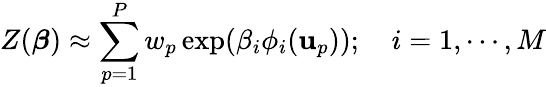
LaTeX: Z(\boldsymbol{\beta})\approx\sum_{p=1}^{P}w_{p}\exp(\beta_{i}\phi_{i}(\mathbf{u}_{p}));\quad i=1,\cdots,M